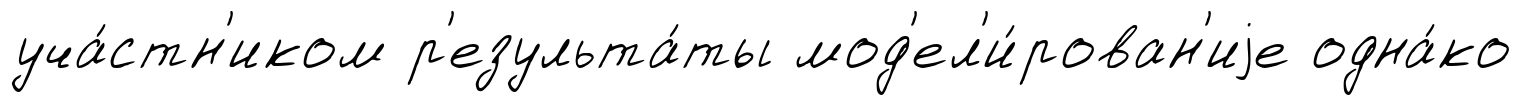
уча́стн'иком р'езульта́ты мод'ел'и́рован'иjе одна́ко